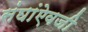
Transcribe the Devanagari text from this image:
संघांऐवजी